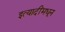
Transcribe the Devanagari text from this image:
इत्यादींमधून